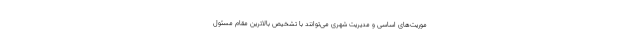
موریت‌های اساسی و مدیریت شهری می‌توانند با تشخیص بالاترین مقام مسئول